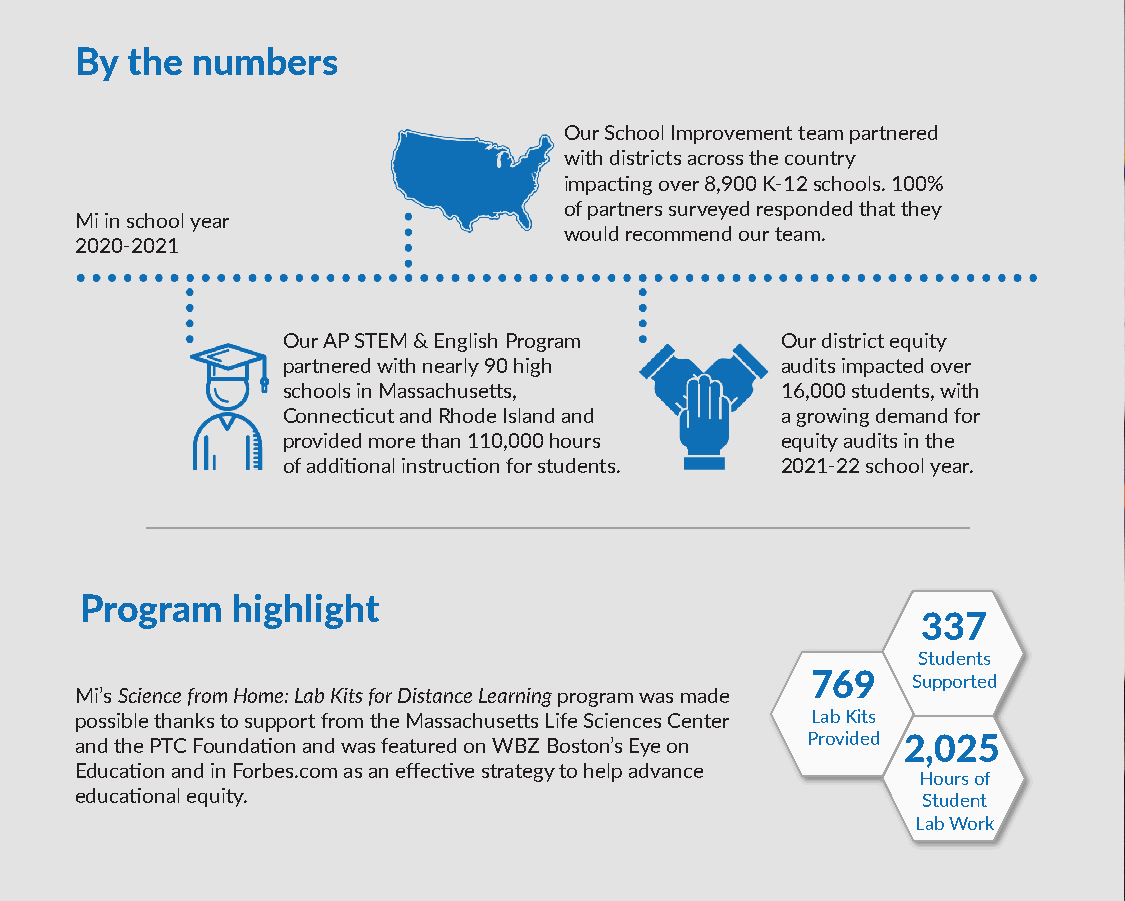
By the  numbers
 Our School Improvement team partnered
 with districts across the country
 impacting over 8,900 K-12 schools. 100%
 of partners surveyed responded that they
 Mi in school year
 would recommend our team.
 2020-2021
 Our AP STEM & English Program    Our district equity
 partnered with nearly 90 high    audits impacted over
 schools in Massachusetts,        16,000 students, with
 Connecticut and Rhode Island and a growing demand for
 provided more than 110,000 hours equity audits in the
 of additional instruction for students. 2021-22 school year.
 Program   highlight
 337
 Students
 769   Supported
 Mi’s Science from Home: Lab Kits for Distance Learning program was made
 possible thanks to support from the Massachusetts Life Sciences Center Lab Kits
 and the PTC Foundation and was featured on WBZ Boston’s Eye on Provided 2,025
 Education and in Forbes.com as an effective strategy to help advance
 Hours of
 educational equity.                                     Student
 Lab Work